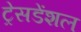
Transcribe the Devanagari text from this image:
ट्रेसडेंशल